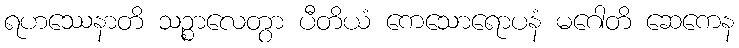
ရဟဿေနာတိ သဉ္စာလေတွာ ပီတိယံ ကေသောရောပနံ မဂေါတိ ဆေကေန